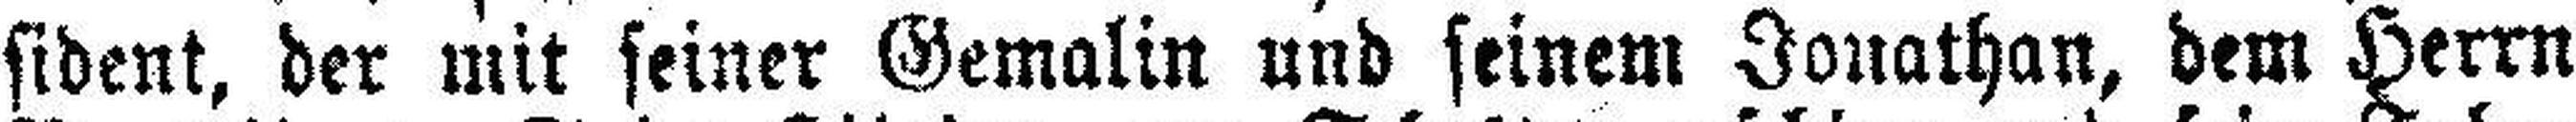
sident, der mit seiner Gemalin und seinem Jonathan, dem Herrn